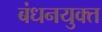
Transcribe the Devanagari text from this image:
बंधनयुक्त